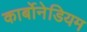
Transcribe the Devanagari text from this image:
कार्बोनेडियम